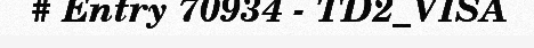
# Entry 70934 - TD2_VISA